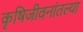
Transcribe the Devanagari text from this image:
कृषिजीवनांतल्या